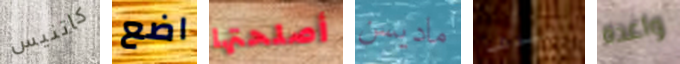
كاتنيس اضع أصلحتها ماديسن اعيدها واعدة